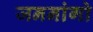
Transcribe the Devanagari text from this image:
जननांगो